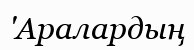
'Аралардың